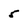
Character: 5